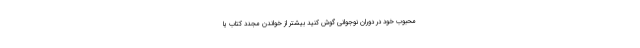
محبوب خود در دوران نوجوانی گوش کنید بیشتر از خواندن مجدد کتاب یا